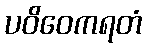
ပဝိဝေကရတံ